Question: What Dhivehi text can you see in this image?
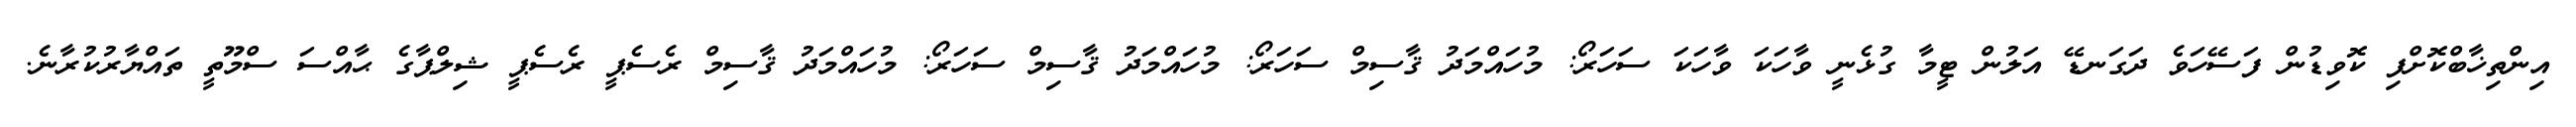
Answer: އިންތިޚާބްކޮށްފި ކޮވިޑުން ފަސޭހަވެ ދަގަނޑޭ އަލުން ޓީމާ ގުޅެނީ ވާހަކަ ވާހަކަ ސަހަރޯ: މުހައްމަދު ޤާސިމް ސަހަރޯ: މުހައްމަދު ޤާސިމް ސަހަރޯ: މުހައްމަދު ޤާސިމް ރެސެޕީ ރެސެޕީ ޝިލްޕާގެ ޙާއްސަ ސްމޫތީ ތައްޔާރުކުރާނެ.